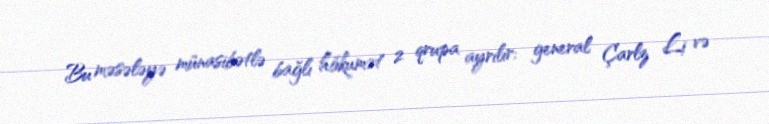
Bu məsələyə münasibətlə bağlı hökumət 2 qrupa ayrılır: general Çarlz Li və